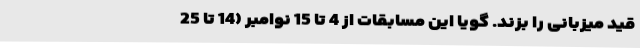
قید میزبانی را بزند. گویا این مسابقات از 4 تا 15 نوامبر (14 تا 25